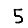
Digit: 5